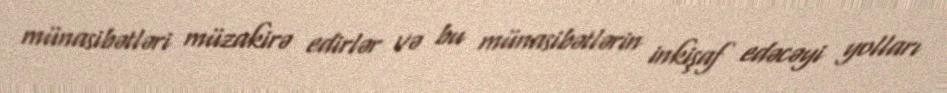
münasibətləri müzakirə edirlər və bu münasibətlərin inkişaf edəcəyi yolları